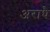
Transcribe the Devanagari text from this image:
अराधै